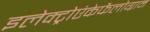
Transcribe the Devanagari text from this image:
इलेक्ट्रोएंकेफैलोग्राम